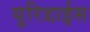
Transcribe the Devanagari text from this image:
युरिडाईस